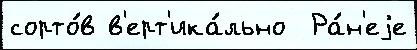
сорто́в в'ерт'ика́льно  Ра́н'еjе